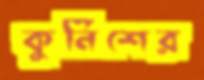
কুর্নিশের